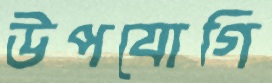
উপযোগি